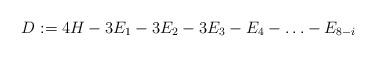
LaTeX: \begin{align*}D:=4H-3E_1-3E_2-3E_3-E_4-\ldots-E_{8-i}\end{align*}